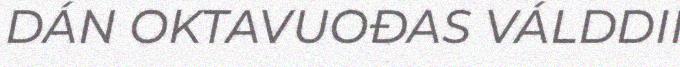
DÁN OKTAVUOĐAS VÁLDDII